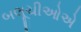
બલૂચીઓએ